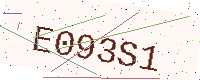
Text: E093S1